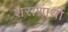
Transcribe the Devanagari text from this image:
शराणार्थी